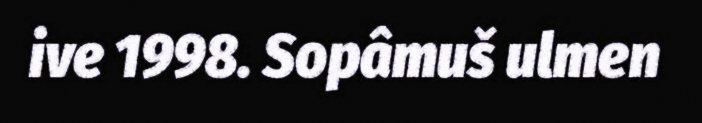
ive 1998. Sopâmuš ulmen